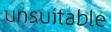
unsuitable